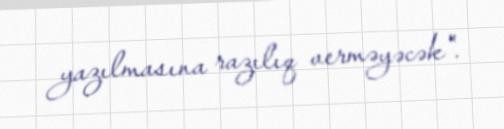
yazılmasına razılıq verməyəcək".